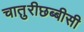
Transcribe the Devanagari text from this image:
चातुरीछब्बीसी